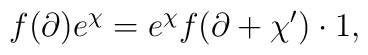
f(\partial)e^\chi	= e^\chi f(\partial + \chi') \cdot 1,